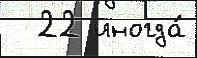
  22 иногда́